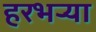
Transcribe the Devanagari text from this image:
हरभऱ्या